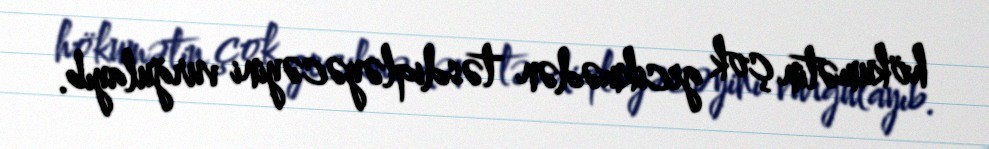
hökumətin çok gecikmədən təsdiqləyəcəyini vurğulayıb.